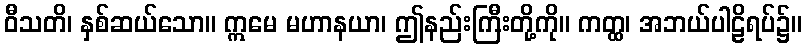
ဝီသတိ၊ နှစ်ဆယ်သော။ ဣမေ မဟာနယာ၊ ဤနည်းကြီးတို့ကို။ ကတ္ထ၊ အဘယ်ပါဠိရပ်၌။